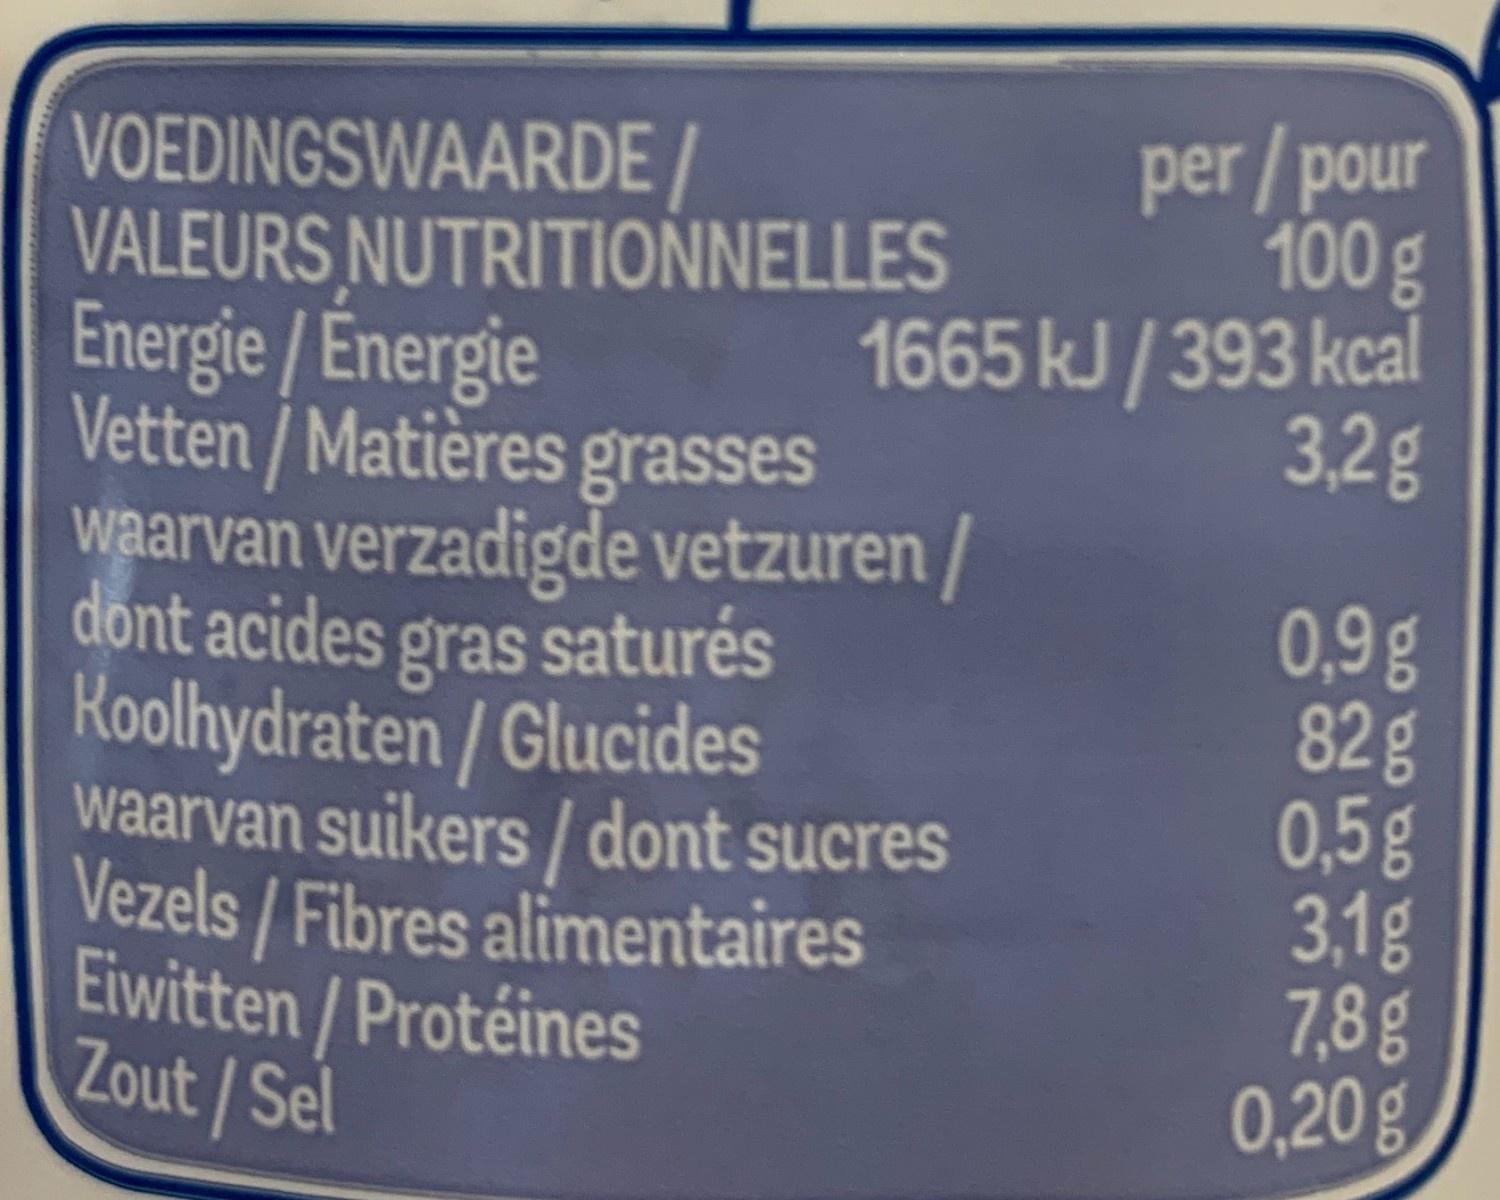
per/pour 100 g 1665 kJ/393 kcal 3,2g VOEDINGSWAARDE / VALEURS NUTRITIONELLES Energie / Energie Vetten / Matières grasses waarvan verzadigde vetzuren / dont acides gras saturés Roolhydraten / Glucides waarvan suikers/dont sucres Vezels/ Fibres alimentaires Eiwitten/ Protéines Zout/Sel 0,9g 82g 0,5g 3,1g 7,8g 0,20g